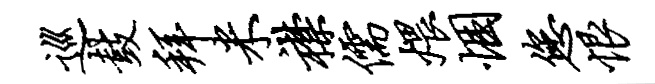
巡鼓拜米襟儒煨悃您恨